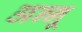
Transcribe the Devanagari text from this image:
अन्‍नू